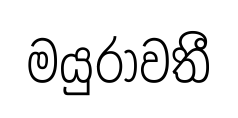
මයුරාවතී